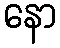
နော